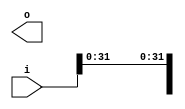
// This program was cloned from: https://github.com/chipsalliance/synlig
// License: Apache License 2.0

/* Generated by Yosys 0.27+9 (git sha1 101d19bb6, gcc 11.2.0-7ubuntu2 -fPIC -Os) */

(* top =  1  *)

module bsg_array_concentrate_static(i, o);
  
  input [1023:0] i;
  wire [1023:0] i;
  
  output [255:0] o;
  wire [255:0] o;
  assign { i[224], i[208], i[192], i[176], i[160], i[144], i[128], i[112], i[96], i[80], i[64], i[48], i[32], i[0] } = { i[240], i[240], i[240], i[240], i[240], i[240], i[240], i[240], i[240], i[240], i[240], i[240], i[240], i[240] };
  assign o = { 224'hxxxxxxxxxxxxxxxxxxxxxxxxxxxxxxxxxxxxxxxxxxxxxxxxxxxxxxxx, i[31:1], i[240] };
endmodule